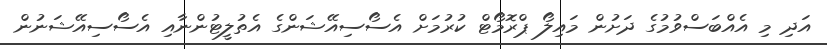
އަދި މި އެއްބަސްވުމުގެ ދަށުން މައިލޯ ޕްރޮމޯޓް ކުރުމަށް އެސޯސިއޭޝަންގެ އެތުލީޓުންނާއި އެސޯސިއޭޝަނުން